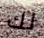
لك